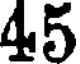
45